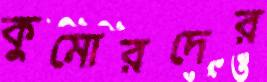
কুমোরদের